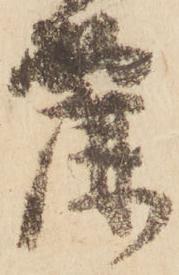
麗